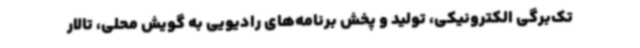
تک‌برگی الکترونیکی، تولید و پخش برنامه‌های رادیویی به گویش محلی، تالار